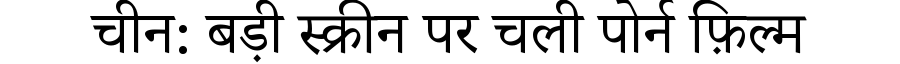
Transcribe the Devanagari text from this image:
चीन: बड़ी स्क्रीन पर चली पोर्न फ़िल्म